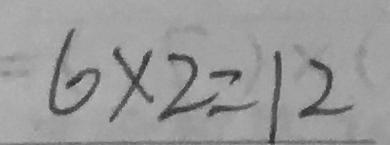
6 \times 2 = 1 2